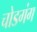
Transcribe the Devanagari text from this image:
चोडगंग